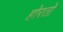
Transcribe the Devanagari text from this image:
होरतो